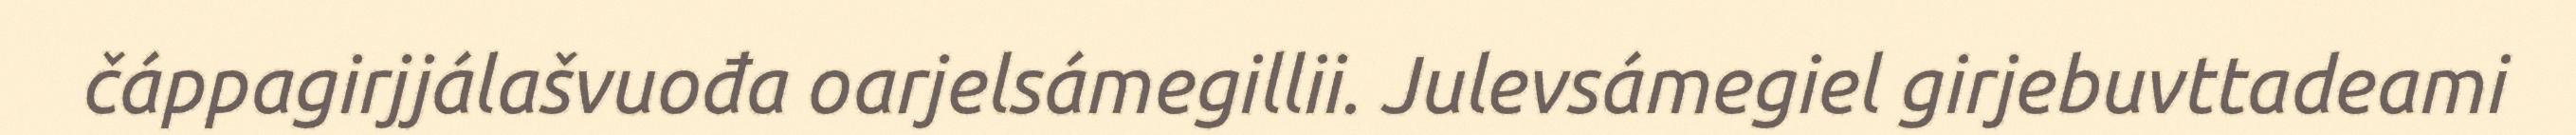
čáppagirjjálašvuođa oarjelsámegillii. Julevsámegiel girjebuvttadeami